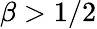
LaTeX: \beta>1/2